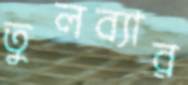
তুলব্যার